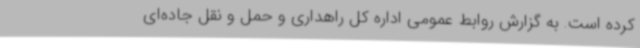
کرده است‌. به گزارش روابط عمومی اداره کل راهداری و حمل و نقل جاده‌ای